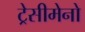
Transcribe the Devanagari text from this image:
ट्रेसीमेनो